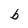
Character: b